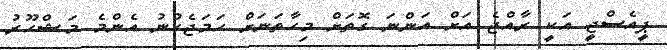
ޕީއެސްޖީ އަކީ ރާއްޖެ އަށް އަންނަ ގޮތަށް މިހާތަނަށް ހަމަޖެހުނު އެންމެ މަޝްހޫރު